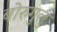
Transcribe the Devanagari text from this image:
बोरुगुलु